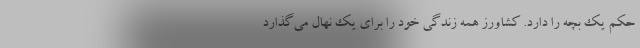
حکم یک بچه را دارد. کشاورز همه زندگی خود را برای یک نهال می‌گذارد